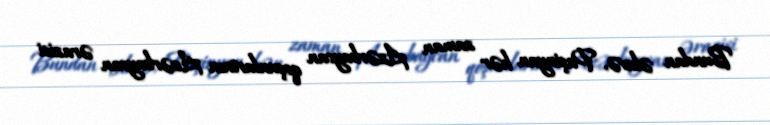
Bundan əlavə, Paşinyan hər zaman Azərbaycan qoşunlarının Azərbaycan ərazisi